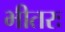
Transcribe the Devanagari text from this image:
भीतरः